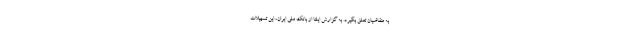
به متقاضیان تعلق بگیرد. به گزارش ایلنا از بانک ملی ایران، این تسهیلات